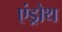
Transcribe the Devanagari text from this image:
एंड्रोथ